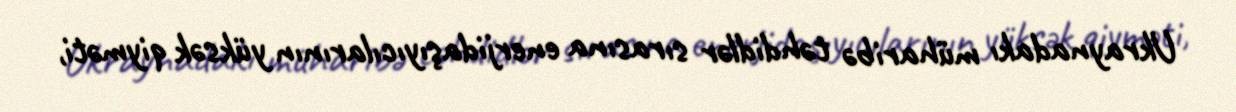
Ukraynadakı müharibə təhdidlər sırasına enerjidaşıyıcılarının yüksək qiyməti,